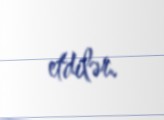
etdilər.